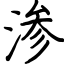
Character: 渗